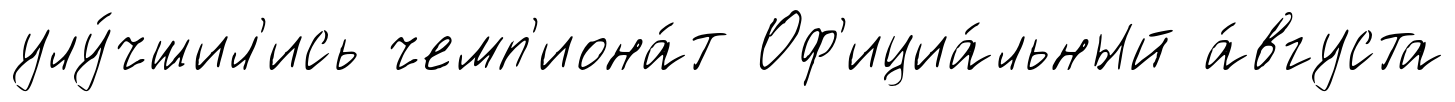
улу́чшил'ись чемп'иона́т Оф'ициа́льный а́вгуста